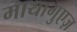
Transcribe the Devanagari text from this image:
मायागुएज़